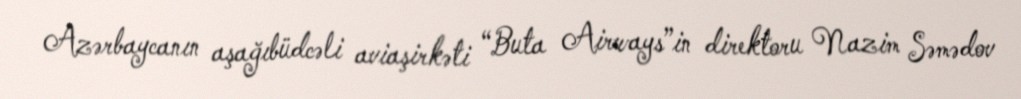
Azərbaycanın aşağıbüdcəli aviaşirkəti “Buta Airways”in direktoru Nazim Səmədov